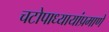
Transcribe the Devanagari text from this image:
चटोपाध्यायांप्रमाणे